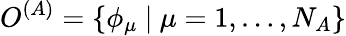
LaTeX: O^{(A)}=\{ \phi_{\mu}\ |\ \mu=1,\ldots,N_{A}\}